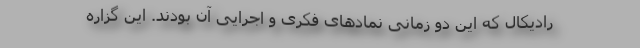
رادیکال که این دو زمانی نمادهای فکری و اجرایی آن بودند. این گزاره